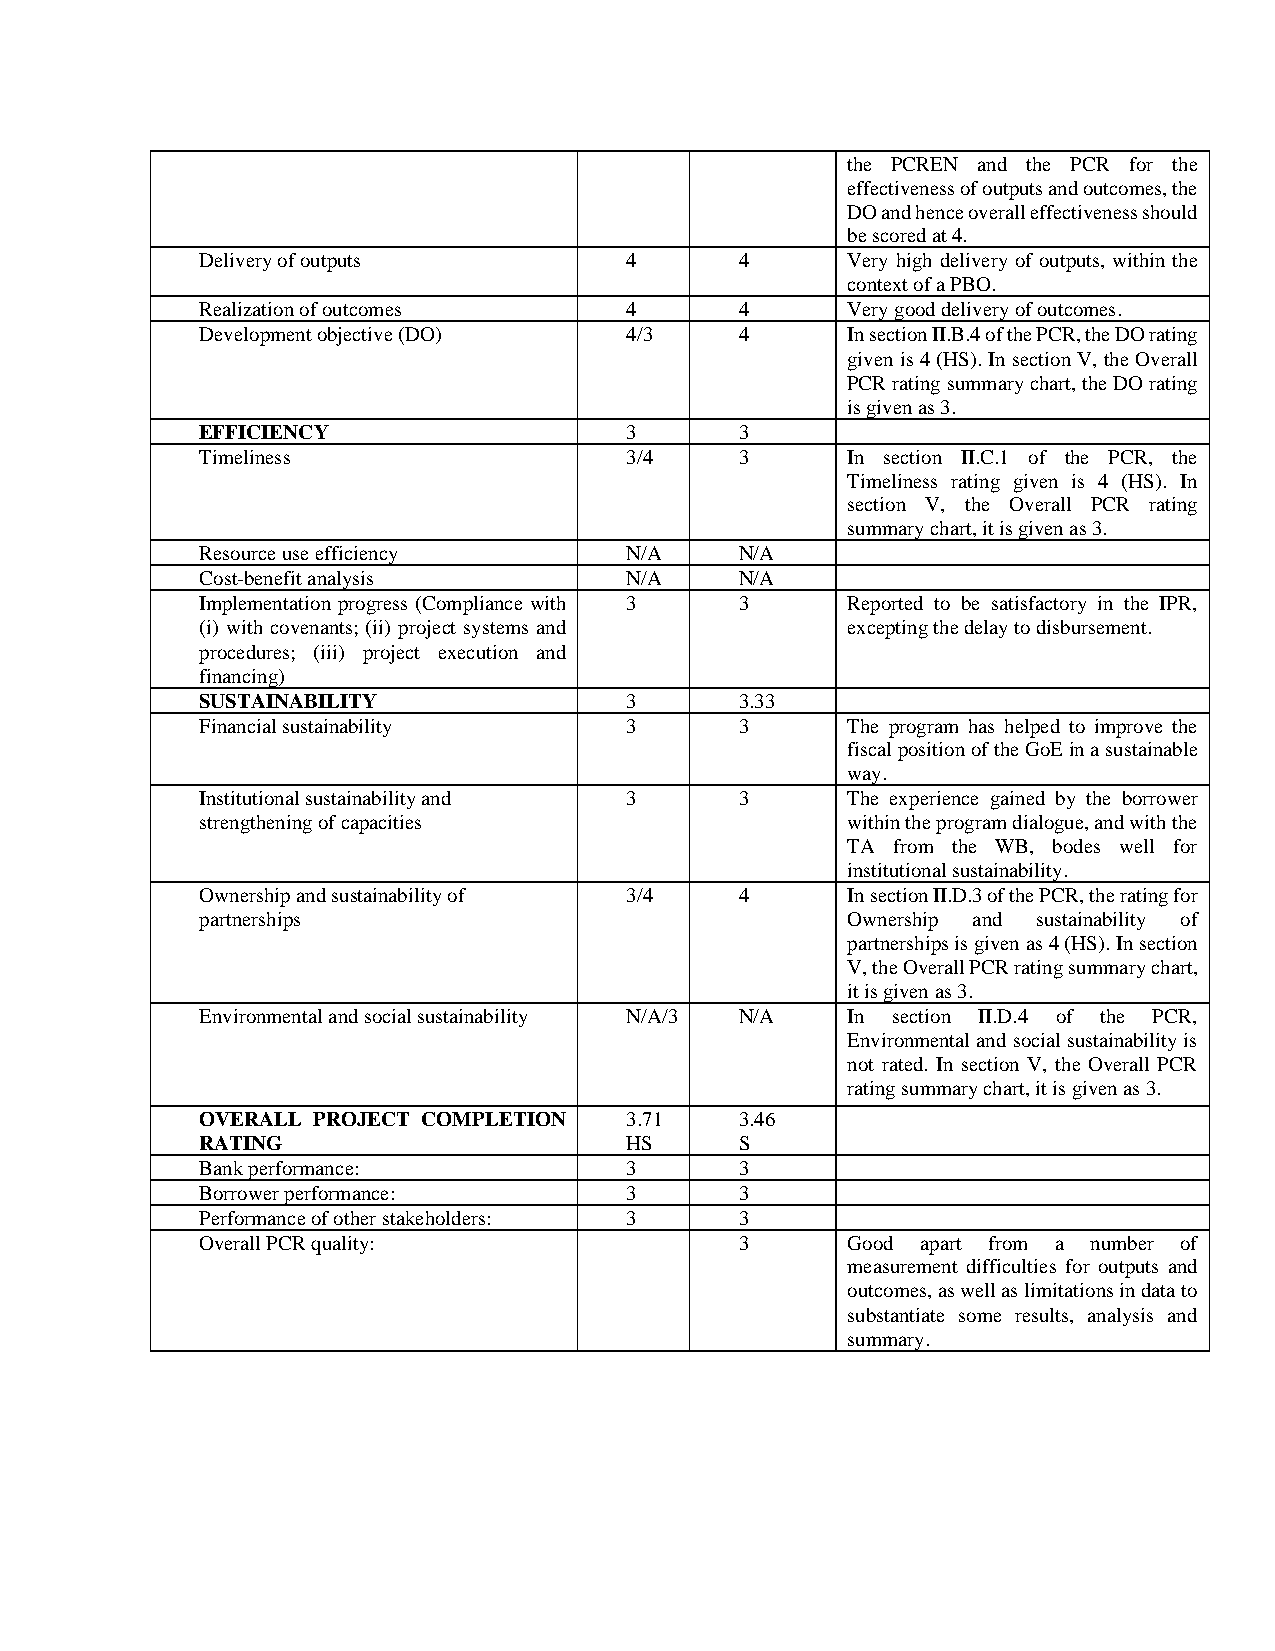
the PCREN and the PCR for the
 effectiveness of outputs and outcomes, the
 DO and hence overall effectiveness should
 be scored at 4.
 Delivery of outputs         4       4      Very high delivery of outputs, within the
 context of a PBO.
 Realization of outcomes     4       4      Very good delivery of outcomes.
 Development objective (DO)  4/3     4      In section II.B.4 of the PCR, the DO rating
 given is 4 (HS). In section V, the Overall
 PCR rating summary chart, the DO rating
 is given as 3.
 EFFICIENCY                  3       3
 Timeliness                  3/4     3      In section II.C.1 of the PCR, the
 Timeliness rating given is 4 (HS). In
 section V, the Overall PCR rating
 summary chart, it is given as 3.
 Resource use efficiency     N/A     N/A
 Cost-benefit analysis       N/A     N/A
 Implementation progress (Compliance with 3 3 Reported to be satisfactory in the IPR,
 (i) with covenants; (ii) project systems and excepting the delay to disbursement.
 procedures; (iii) project execution and
 financing)
 SUSTAINABILITY              3       3.33
 Financial sustainability    3       3      The program has helped to improve the
 fiscal position of the GoE in a sustainable
 way.
 Institutional sustainability and 3  3      The experience gained by the borrower
 strengthening of capacities                within the program dialogue, and with the
 TA from the WB, bodes well for
 institutional sustainability.
 Ownership and sustainability of 3/4 4      In section II.D.3 of the PCR, the rating for
 partnerships                               Ownership and sustainability of
 partnerships is given as 4 (HS). In section
 V, the Overall PCR rating summary chart,
 it is given as 3.
 Environmental and social sustainability N/A/3 N/A In section II.D.4 of the PCR,
 Environmental and social sustainability is
 not rated. In section V, the Overall PCR
 rating summary chart, it is given as 3.
 OVERALL PROJECT COMPLETION  3.71    3.46
 RATING                      HS      S
 Bank performance:           3       3
 Borrower performance:       3       3
 Performance of other stakeholders: 3 3
 Overall PCR quality:                3      Good apart from a number of
 measurement difficulties for outputs and
 outcomes, as well as limitations in data to
 substantiate some results, analysis and
 summary.